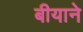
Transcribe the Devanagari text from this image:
बीयाने